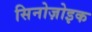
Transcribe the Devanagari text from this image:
सिनोज़ोइक